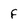
Character: F